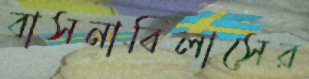
বাসনাবিলাসের